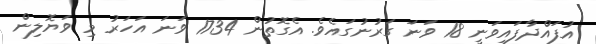
އުފައްދާފައިވަނީ 18 ވަނަ ގަރުނުގައެވެ. އެގޮތުން 1734 ވަނަ އަހަރު މި ވަޔޮލިން